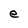
Character: e